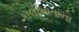
કાલીમાતાના